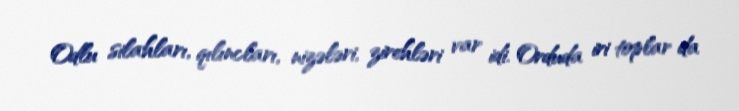
Odlu silahları, qılıncları, nizələri, zirehləri var idi. Orduda iri toplar da